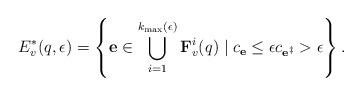
LaTeX: \begin{align*}E^{*}_{v}(q,\epsilon)=\left\{ \mathbf{e}\in\bigcup_{i=1}^{k_{\max}(\epsilon)} \mathbf{F}^{i}_{v}(q) \mid c_\mathbf{e}\leq \epsilon c_{\mathbf{e}^{\ddagger}}>\epsilon \right\}.\end{align*}